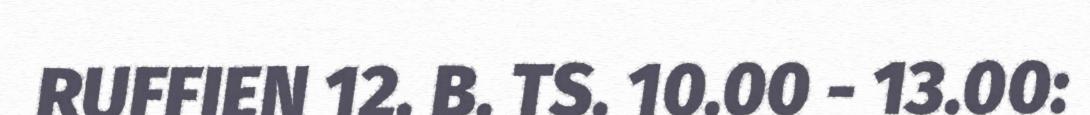
RUFFIEN 12. B. TS. 10.00 - 13.00: